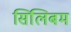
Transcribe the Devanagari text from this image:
सिलिबम